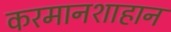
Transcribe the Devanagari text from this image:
करमानशाहान